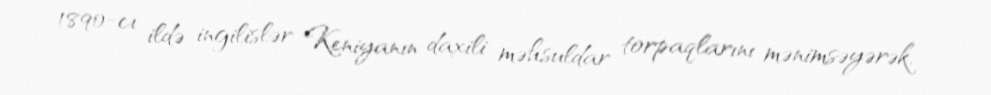
1890-cı ildə ingilislər Keniyanın daxili məhsuldar torpaqlarını mənimsəyərək,